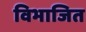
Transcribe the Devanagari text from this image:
विभाजित